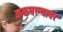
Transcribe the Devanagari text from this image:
कळवल्यावर